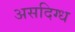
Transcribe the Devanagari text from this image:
असदिग्ध